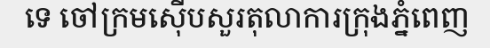
ទេ ចៅក្រមស៊ើបសួរតុលាការក្រុងភ្នំពេញ